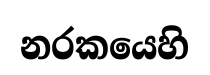
නරකයෙහි